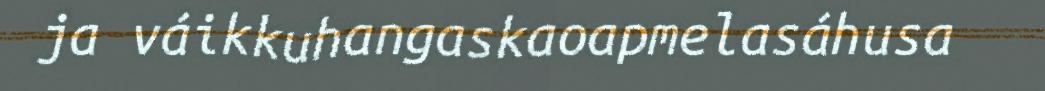
ja váikkuhangaskaoapmelasáhusa